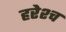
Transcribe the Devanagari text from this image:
हरेश्च